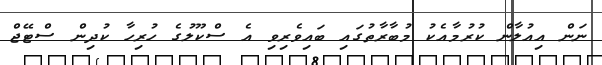
ނަން އިއުލާން ކުރުމާއެކު މުބާރާތުގައި ބައިވެރިވި އެ ސްކޫލުގެ ހުރިހާ ކުދިން ސްޓޭޖް